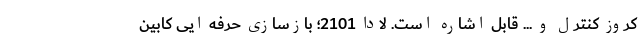
کروز کنترل و ... قابل اشاره است. لادا 2101؛ بازسازی حرفه ایی کابین